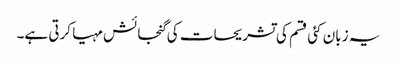
یہ زبان کئی قسم کی تشریحات کی گنجائش مہیا کرتی ہے۔